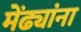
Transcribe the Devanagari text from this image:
मेंढ्यांना